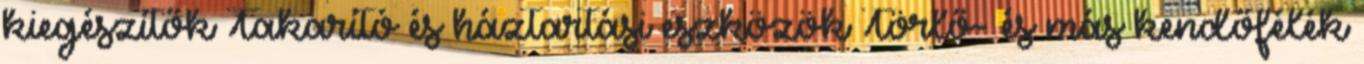
kiegészítők Takarító és háztartási eszközök Törlő- és más kendőfélék